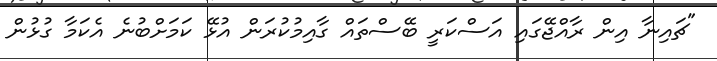
"ޗައިނާ އިން ރާއްޖޭގައި އަސްކަރީ ބޭސްތައް ގާއިމުކުރަން އުޅޭ ކަމަށްބުނެ އެކަމާ ގުޅުން